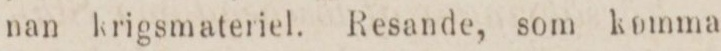
nan krigsmateriel. Resande, som komma